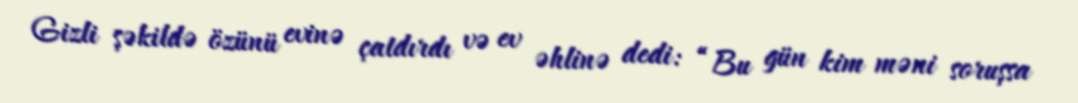
Gizli şəkildə özünü evinə çatdırdı və ev əhlinə dedi: “Bu gün kim məni soruşsa